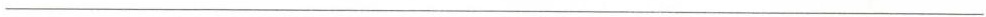
___